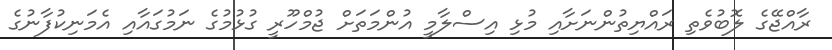
ރާއްޖޭގެ ލޮބުވެތި ރައްޔިތުންނަށާއި މުޅި އިސްލާމީ އުންމަތަށް ޖުމްހޫރީ ގުޅުމުގެ ނަމުގައާއި އެމަނިކުފާނުގެ